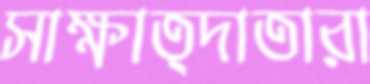
সাক্ষাত্দাতারা